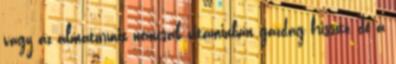
vagy az almaturmix nemcsak vitaminban gazdag frissítő, de a